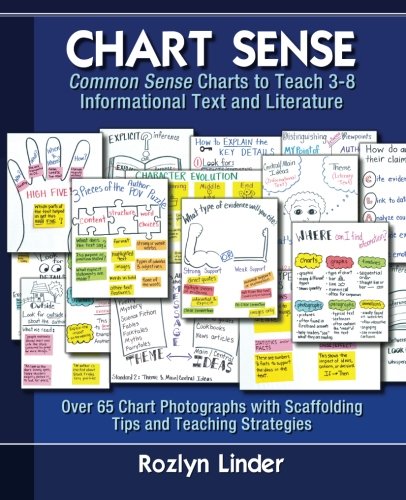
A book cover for Chart Sense: Common Sense Charts to Teach 3-8 Informational Text and Literature; Rozlyn Linder Ph.D.; Education & Teaching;